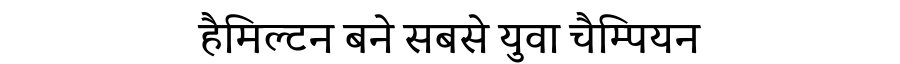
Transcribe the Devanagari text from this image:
हैमिल्टन बने सबसे युवा चैम्पियन